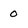
Character: 0